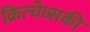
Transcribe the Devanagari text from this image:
क्रित्चेव्सकी